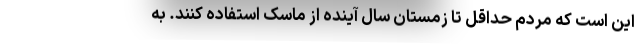
این است که مردم حداقل تا زمستان سال آینده از ماسک استفاده کنند. به